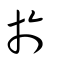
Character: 於